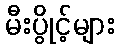
မီးပွိုင့်များ